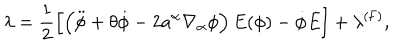
LaTeX: \lambda = \frac { 1 } { 2 } \left[ \left( \ddot { \phi } + \theta \dot { \phi } - 2 a ^ { \alpha } \nabla _ { \alpha } \phi \right) E ( \phi ) - \dot { \phi } \dot { E } \right] + \lambda ^ { \mathrm { ( F ) } } ,